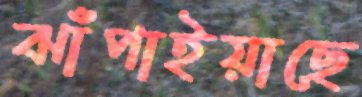
ঝাঁপাইয়াছে